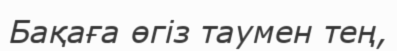
Бақаға өгіз таумен тең,